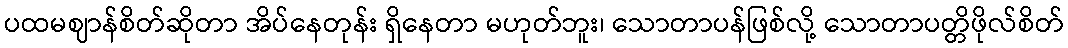
ပထမဈာန်စိတ်ဆိုတာ အိပ်နေတုန်း ရှိနေတာ မဟုတ်ဘူး၊ သောတာပန်ဖြစ်လို့ သောတာပတ္တိဖိုလ်စိတ်